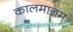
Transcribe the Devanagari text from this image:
कालमानम्